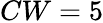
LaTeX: CW=5